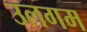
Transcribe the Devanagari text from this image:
उलगम